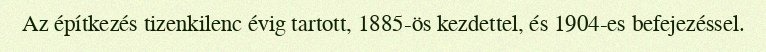
Az építkezés tizenkilenc évig tartott, 1885-ös kezdettel, és 1904-es befejezéssel.